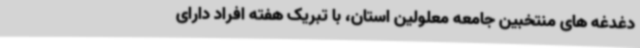
دغدغه های منتخبین جامعه معلولین استان، با تبریک هفته افراد دارای